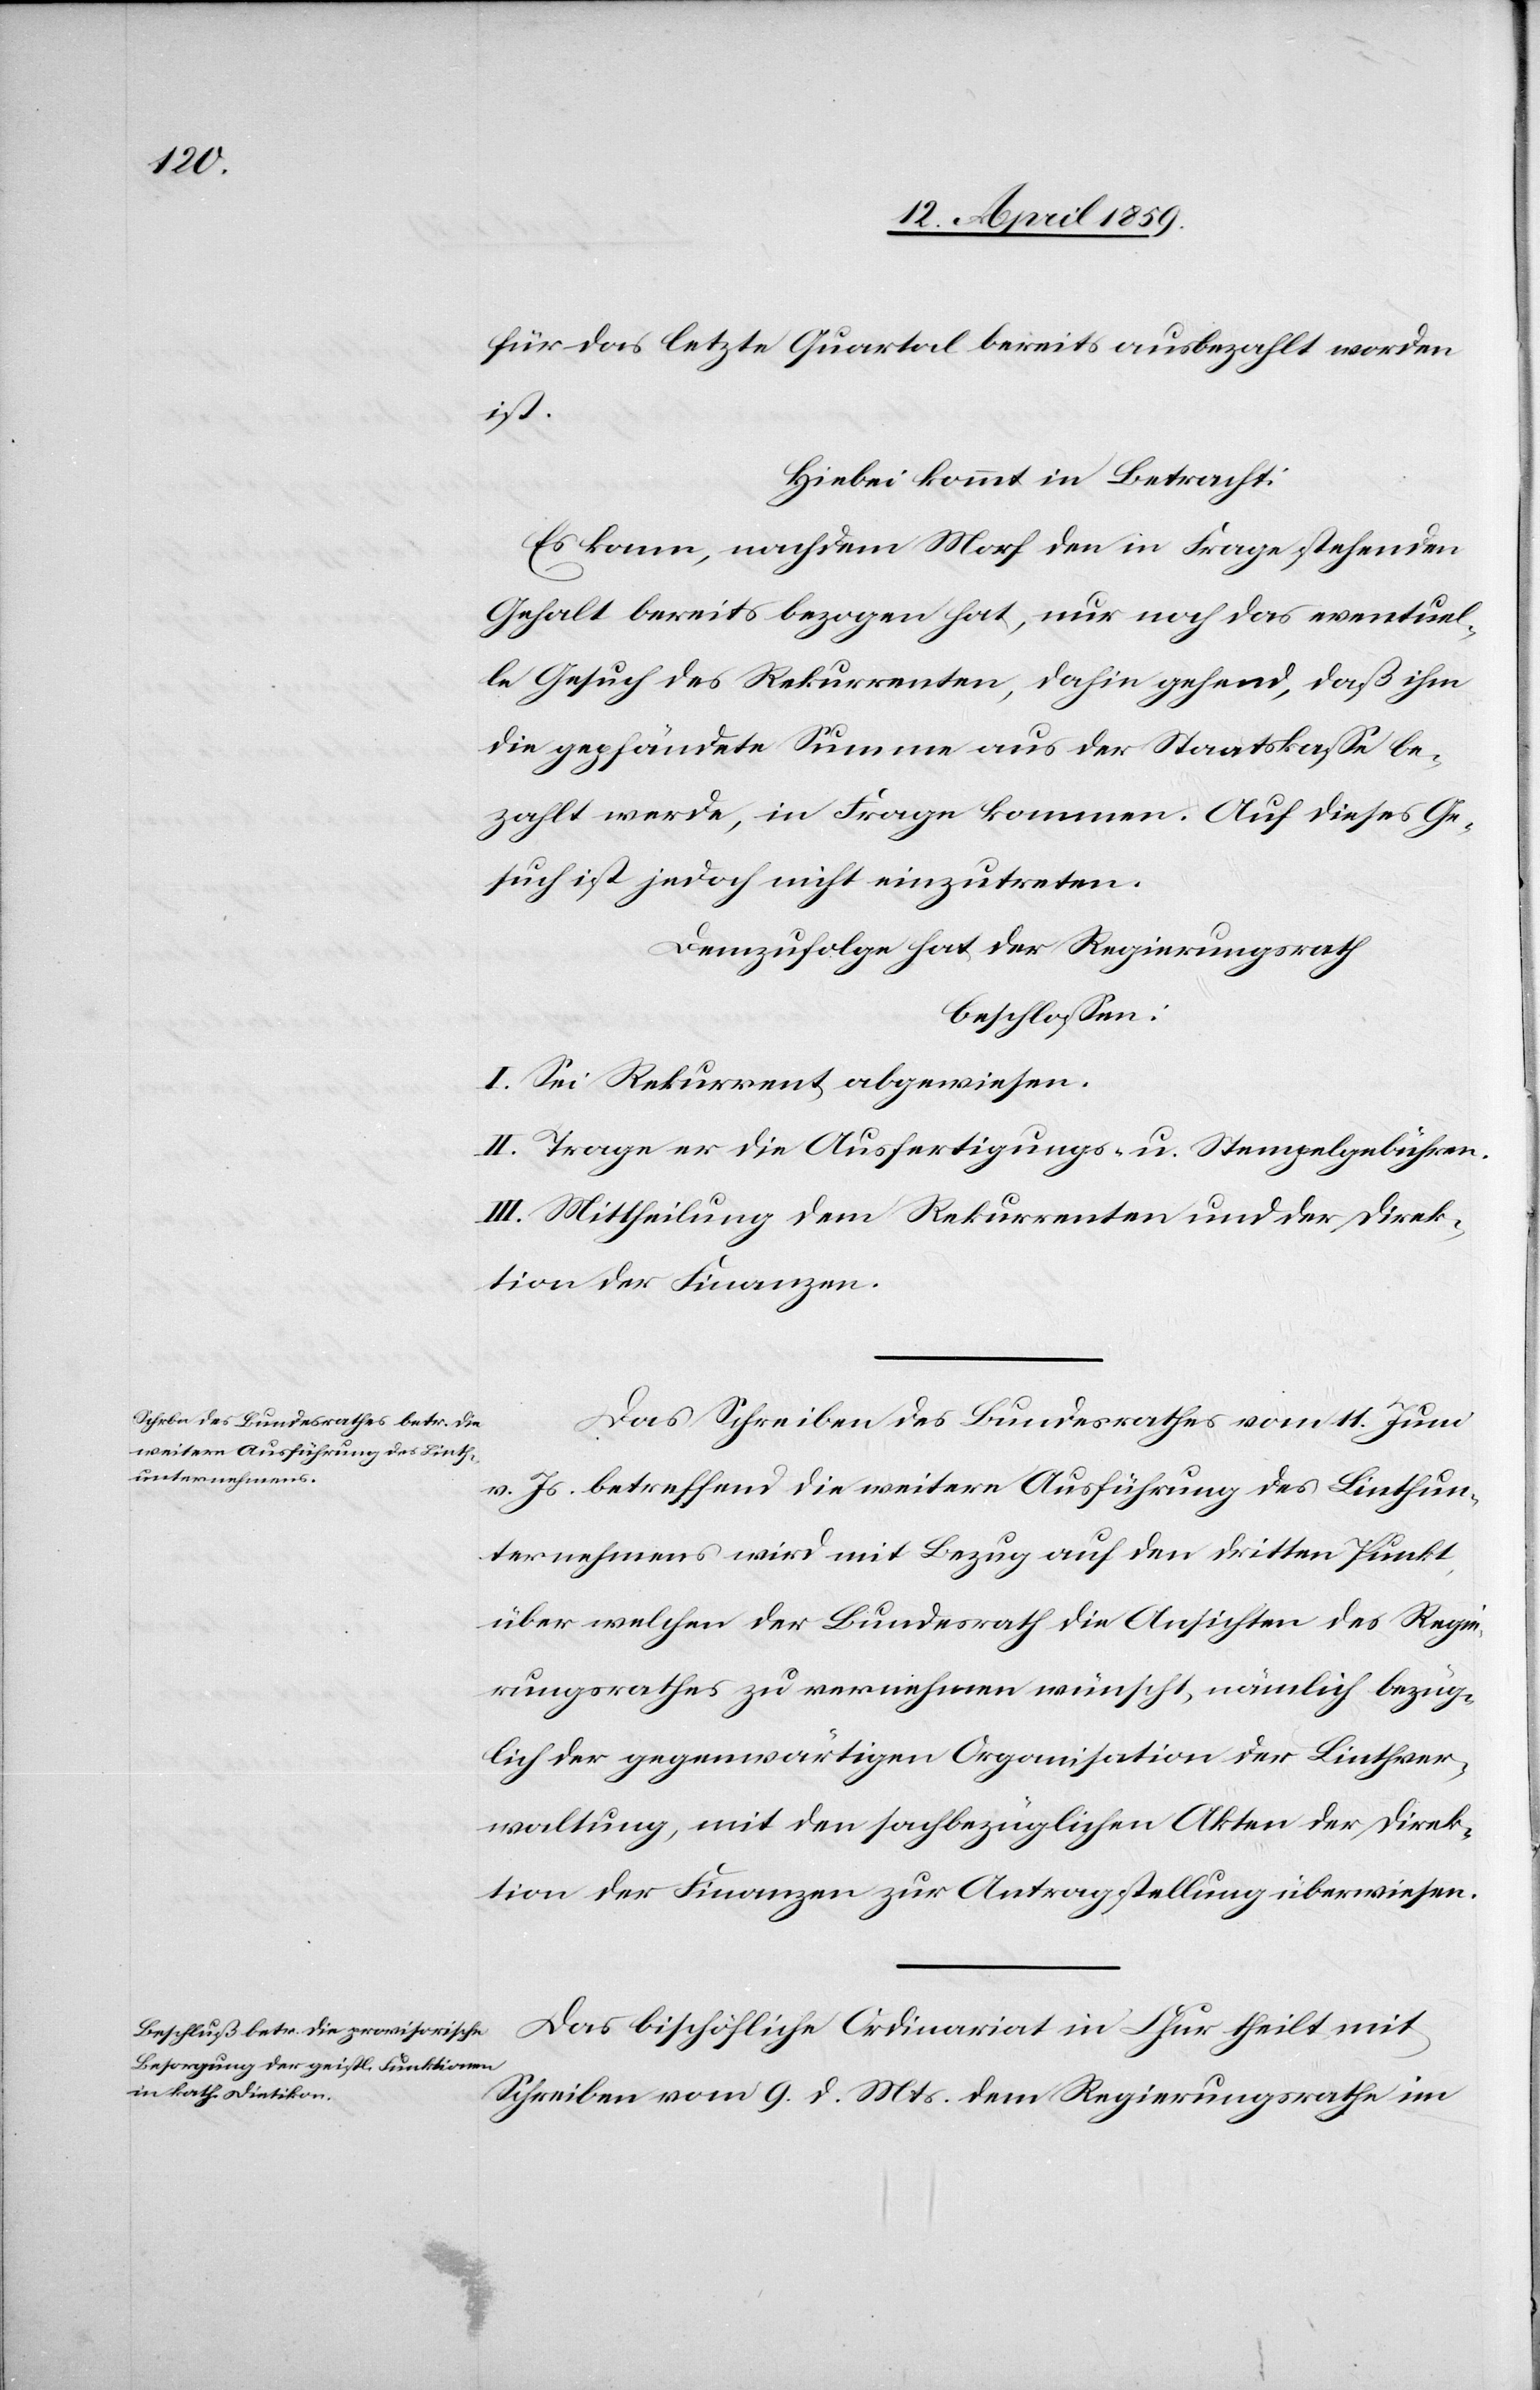
für das letzte Quartal bereits ausbezahlt worden
ist.
Hiebei kommt in Betracht:
Es kann, nachdem Morf den in Frage stehenden
Gehalt bereits bezogen hat, nur noch das eventuel¬
le Gesuch des Rekurrenten, dahin gehend, daß ihm
die gepfändete Summe aus der Staatskaße be¬
zahlt werde, in Frage kommen. Auf dieses Ge¬
such ist jedoch nicht einzutreten.
Demzufolge hat der Regierungsrath
beschloßen:
I. Sei Rekurrent abgewiesen.
II. Trage er die Ausfertigungs- u. Stempelgebühren.
III. Mittheilung dem Rekurrenten und der Direk¬
tion der Finanzen.
Das Schreiben des Bundesrathes vom 11. Juni
v. Js. betreffend die weitere Ausführung des Linthun¬
ternehmens wird mit Bezug auf den dritten Punkt,
über welchen der Bundesrath die Ansichten des Regie¬
rungsrathes zu vernehmen wünscht, nämlich bezüg¬
lich der gegenwärtigen Organisation der Linthver¬
waltung, mit den sachbezüglichen Akten der Direk¬
tion der Finanzen zur Antragstellung überwiesen.
Das bischöfliche Ordinariat in Chur theilt mit
Schreiben vom 9. d. Mts. dem Regierungsrathe im